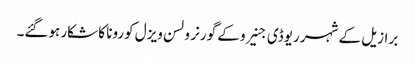
برازیل کے شہر ریوڈی جنیرو کے گورنر ولسن ویزل کورونا کا شکار ہوگئے۔